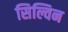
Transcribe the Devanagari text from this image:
सिल्विन